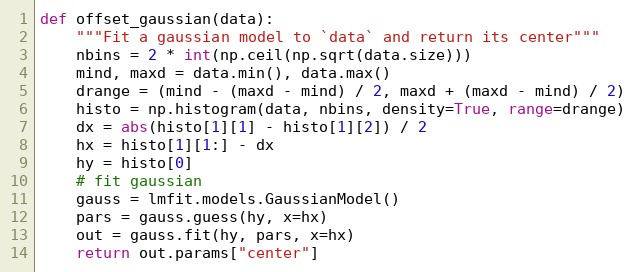
Language: Python
def offset_gaussian(data):
    """Fit a gaussian model to `data` and return its center"""
    nbins = 2 * int(np.ceil(np.sqrt(data.size)))
    mind, maxd = data.min(), data.max()
    drange = (mind - (maxd - mind) / 2, maxd + (maxd - mind) / 2)
    histo = np.histogram(data, nbins, density=True, range=drange)
    dx = abs(histo[1][1] - histo[1][2]) / 2
    hx = histo[1][1:] - dx
    hy = histo[0]
    # fit gaussian
    gauss = lmfit.models.GaussianModel()
    pars = gauss.guess(hy, x=hx)
    out = gauss.fit(hy, pars, x=hx)
    return out.params["center"]